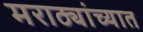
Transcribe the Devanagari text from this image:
मराठ्यांच्यात